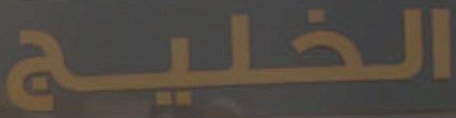
الخليج